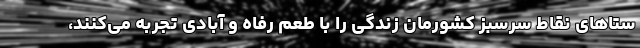
ستا‌های نقاط سرسبز کشورمان زندگی را با طعم رفاه و آبادی تجربه می‌کنند،